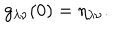
g _ { \lambda \nu } ( 0 ) = \eta _ { \lambda \nu } .